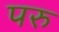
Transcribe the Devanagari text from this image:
परु